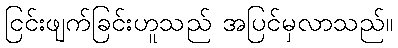
ငြင်းဖျက်ခြင်းဟူသည် အပြင်မှလာသည်။